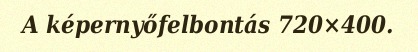
A képernyőfelbontás 720×400.